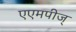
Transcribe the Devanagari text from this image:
एएमपीज्